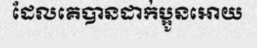
ដែលគេបានដាក់ប្អូនអោយ